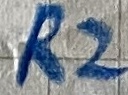
Text: R2